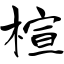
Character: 楦